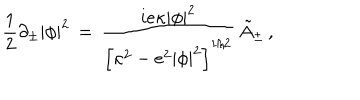
LaTeX: \! \! \! \! \! \! \! \! { \frac { 1 } { 2 } } \partial _ { \pm } | \phi | ^ { 2 } \, = \, { \frac { i e \kappa | \phi | ^ { 2 } } { \left[ \kappa ^ { 2 } - e ^ { 2 } | \phi | ^ { 2 } \right] ^ { 1 / 2 } } } \, \tilde { A } _ { \pm } \, ,